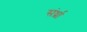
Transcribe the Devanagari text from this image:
संर्ध्रा